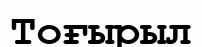
Тоғырыл